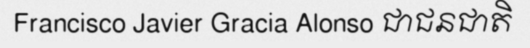
Francisco Javier Gracia Alonso ជាជនជាតិ